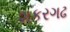
શકરગઢ